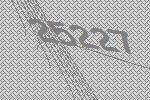
25227